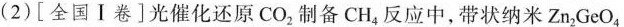
(2)[全国Ⅰ卷]光催化还原CO_{2}制备CH_{4}反应中，带状纳米Zn_{2}GeO_{4}